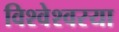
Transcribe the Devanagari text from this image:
विश्वेश्वरया